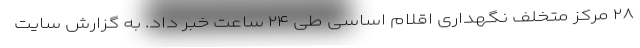
۲۸ مرکز متخلف نگهداری اقلام اساسی طی ۲۴ ساعت خبر داد. به گزارش سایت